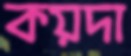
কয়দা